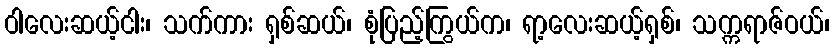
ဝါလေးဆယ့်ငါး၊ သက်ကား ရှစ်ဆယ်၊ စုံပြည့်ကြွယ်က၊ ရာ့လေးဆယ့်ရှစ်၊ သက္ကရာဇ်ဝယ်၊